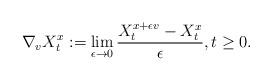
LaTeX: \begin{align*} \nabla_{v}X_{t}^{x} := \lim_{\epsilon\to 0}\frac{X_{t}^{x+\epsilon v}-X_{t}^{x}}{\epsilon}, t\geq 0.\end{align*}